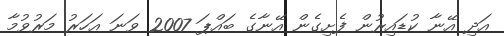
އަދި އޭނާ ކުޑައިރުން ފެށިގެން އޭނާގެ ބައްޕަ 2007 ވަނަ އަހަރު މަރުވުމާ